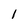
Character: 1